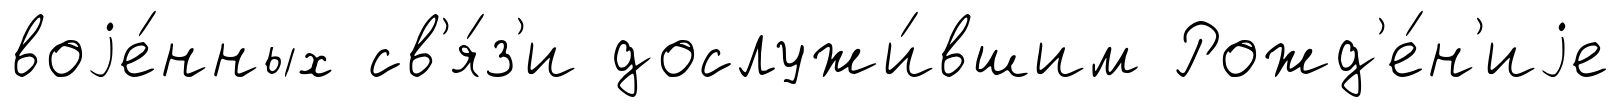
воjе́нных св'я́з'и дослужи́вшим Рожд'е́н'иjе